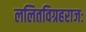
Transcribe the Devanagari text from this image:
ललितविग्रहराजः